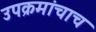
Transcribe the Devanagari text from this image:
उपक्रमांचाच